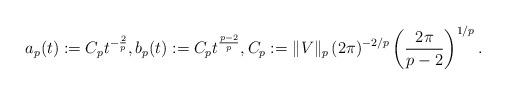
LaTeX: \begin{align*}a_{p}(t):=C_p t^{-\frac{2}{p}},b_{p}(t):=C_p t^{\frac{p-2}{p}},C_p:=\|V\|_p\,(2\pi)^{-2/p}\left(\frac{2\pi}{p-2}\right)^{1/p}.\end{align*}